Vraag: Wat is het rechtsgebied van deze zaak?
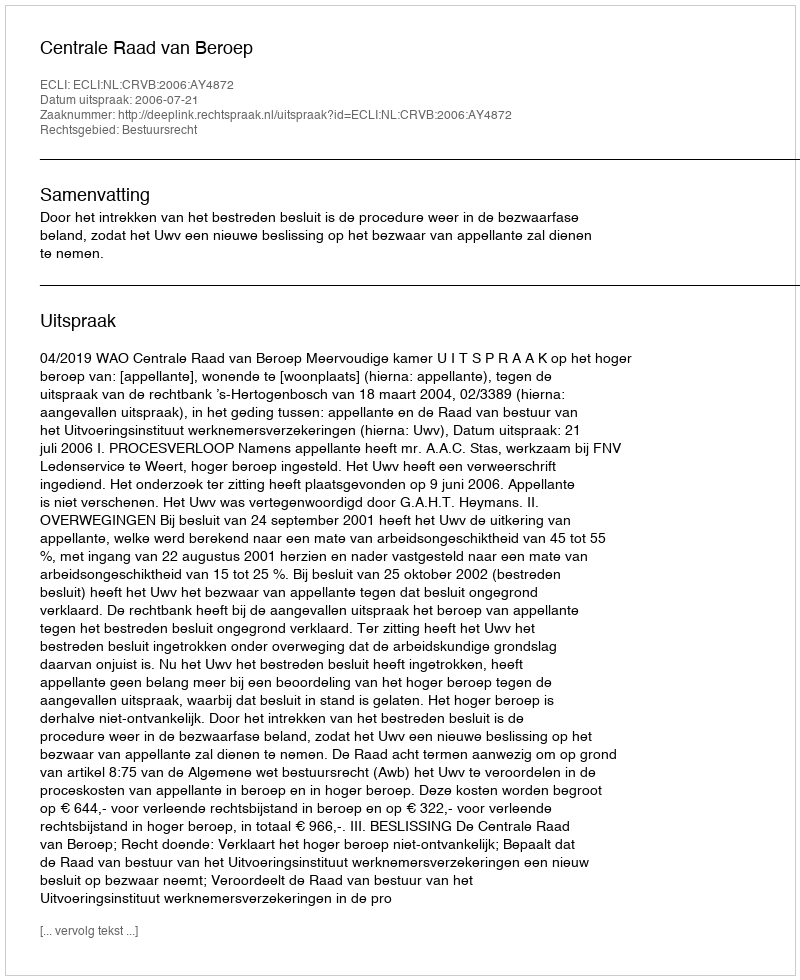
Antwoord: Bestuursrecht